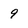
Character: 9